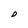
Character: D